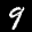
Digit: 9